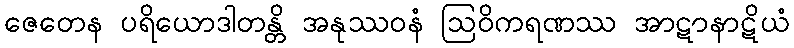
ဇေတေန ပရိယောဒါတန္တိ အနုဿဝနံ ဩဝိကရဏဿ အာဋာနာဋိယံ